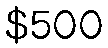
$500